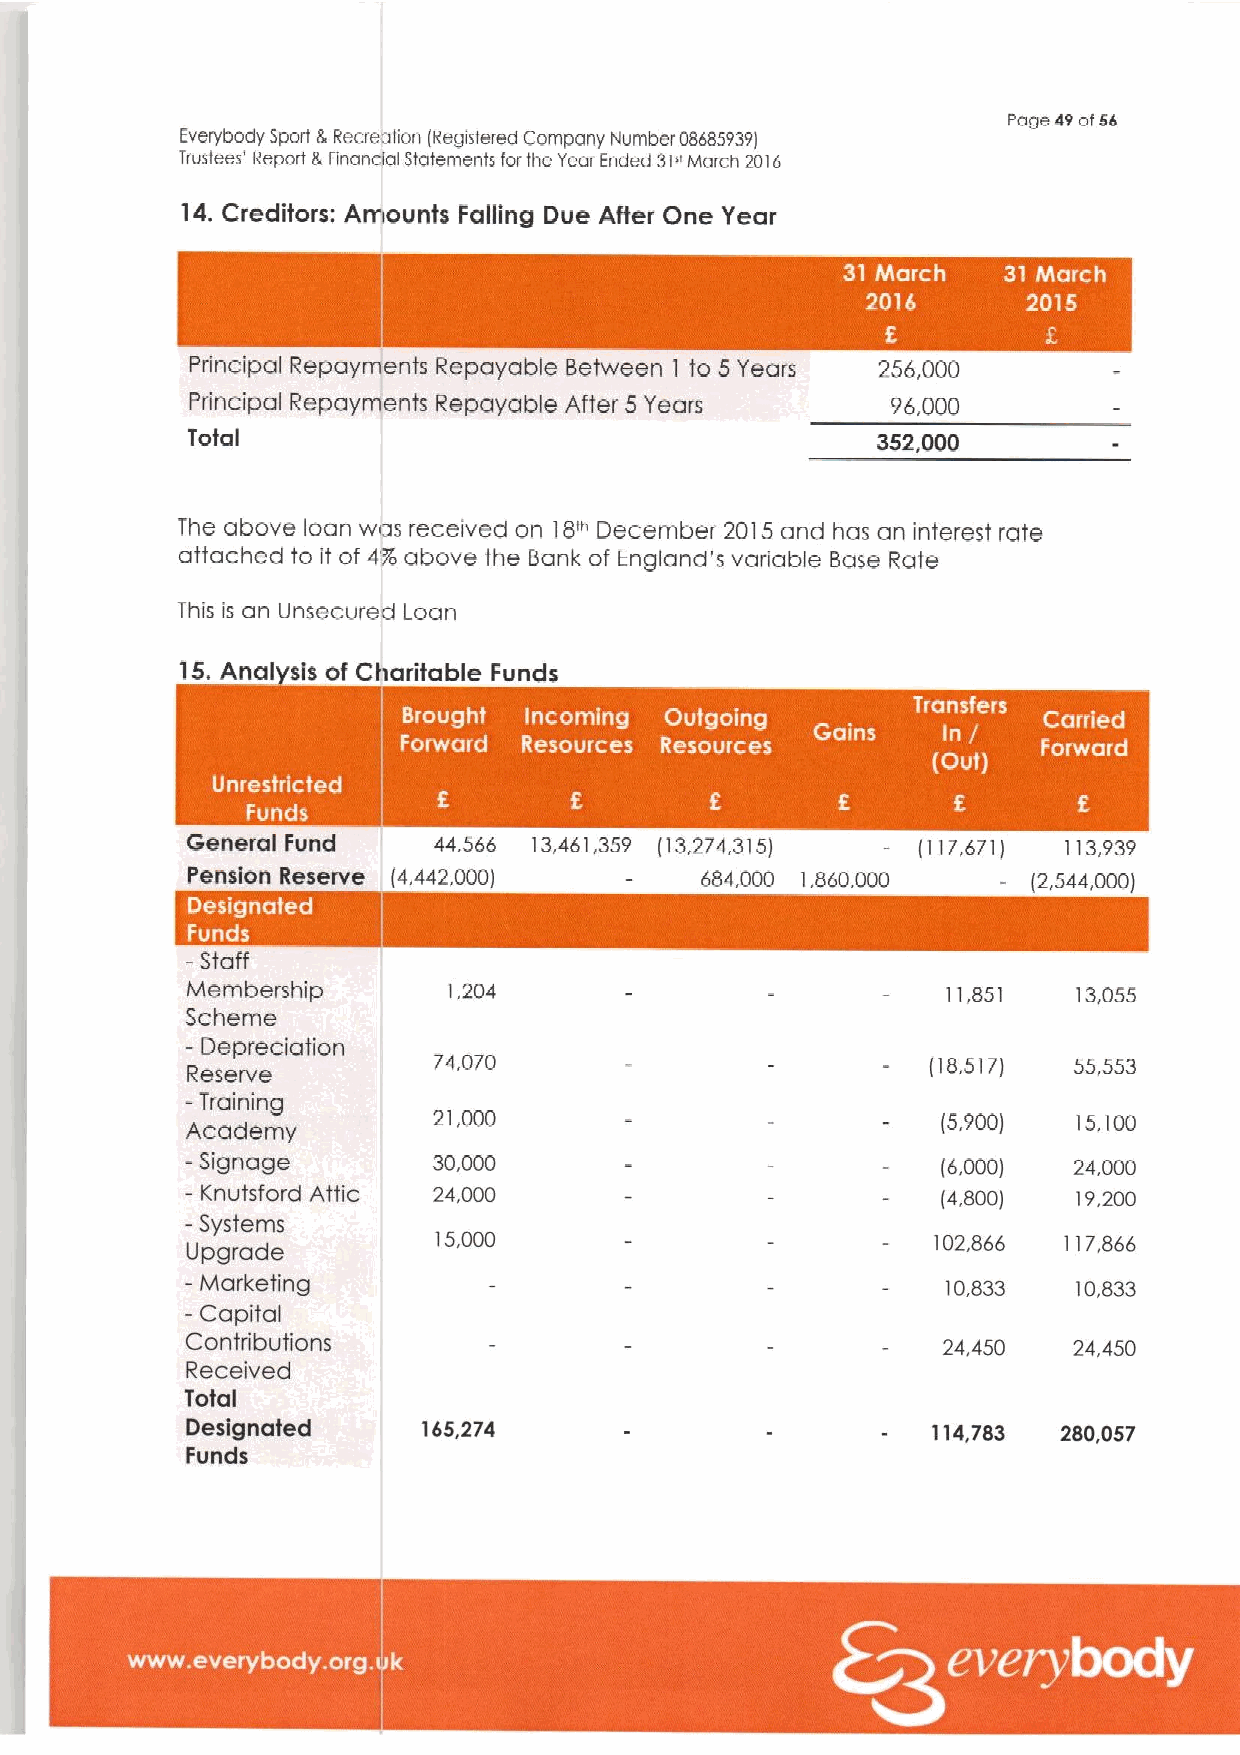
Page 49of54
 Everybody Sport &Recreation (Registefed Company Number 0(1685939)
 trustees' Report & Financial Statements forthe Year Ended 31"ivlarch 2016
 14.Creditors; Amounts Falling Due After One Year
 Principal Repayments Repayable Between to 5 Years 256,000
 1
 Pffincipal Repayments Repayable After 5 Years 96,000
 Total                                         352,000
 The above loan was received on)8m December 2015and has aninterest rate
 attached to it of 4%above the Bank of England's variable Base Rate
 This is an Unsecured Loan
 15.Anal sis of Charitable Funds
 ~  ~ ~ ~
 ~  ~ ~    ~
 General Fund     44,566 13,461,359 (13,274,315)  (117,671) 113,939
 Pension Reserve (4,442,000)       684,000 1,860,000     (2,544,000)
 -    -
 ~  ~ ~ ~
 —Staff
 Membership        1,204                            11,851  13,055
 Scheme
 - Depreciation
 Reserve          74,070                           (18,5171 55,553
 -
 Training
 Academy
 21,000                           (5,900)  15,100
 - Signage        30,000                           (6,000)  24,000
 —Knutsford Attic 24,000                           (4,800)  19,200
 -
 Systems
 15.000                           102.866 117,866
 Upgrade
 —Marketing                                         0,833   10,833
 I
 - Capital
 Contributions                                     24,450   24,450
 Received
 Total
 Designated      165,274                           114,783 280,057
 Funds